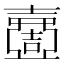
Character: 𡕍